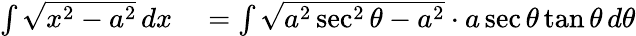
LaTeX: \begin{array}{rl}{\int{\sqrt{x^{2}-a^{2}}}\, dx}&{{}=\int{\sqrt{a^{2}\sec^{2}\theta-a^{2}}}\cdot a\sec\theta\tan\theta\, d\theta}\end{array}